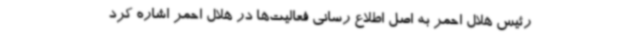
رئیس هلال احمر به اصل اطلاع رسانی فعالیت‌ها در هلال احمر اشاره کرد